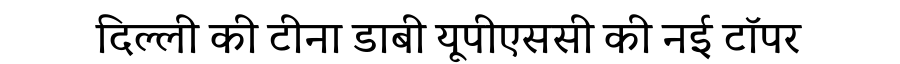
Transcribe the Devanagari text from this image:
दिल्ली की टीना डाबी यूपीएससी की नई टॉपर